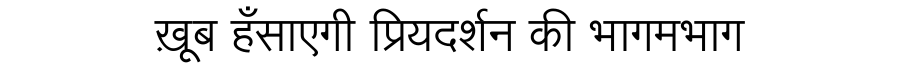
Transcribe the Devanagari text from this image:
ख़ूब हँसाएगी प्रियदर्शन की भागमभाग